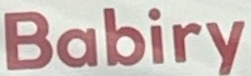
Babiry